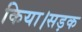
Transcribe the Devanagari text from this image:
किया।सड़क